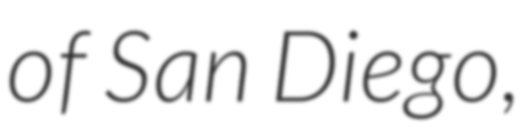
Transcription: of San Diego,